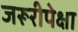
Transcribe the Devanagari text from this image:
जरूरीपेक्षा